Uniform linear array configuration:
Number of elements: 12
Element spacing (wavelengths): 0.25
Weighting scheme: binomial
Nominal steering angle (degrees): -45
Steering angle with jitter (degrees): -45.304
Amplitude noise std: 0.05
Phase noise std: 0.05

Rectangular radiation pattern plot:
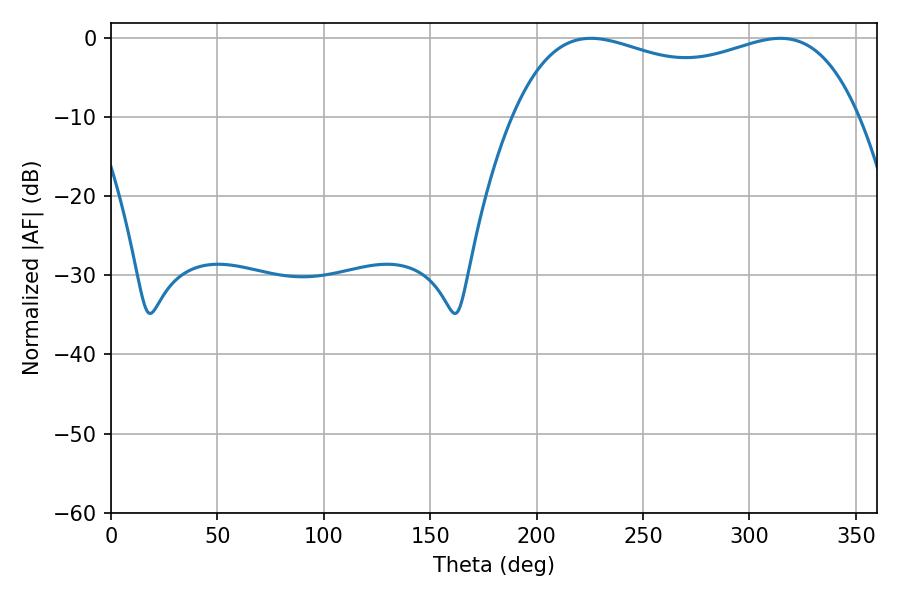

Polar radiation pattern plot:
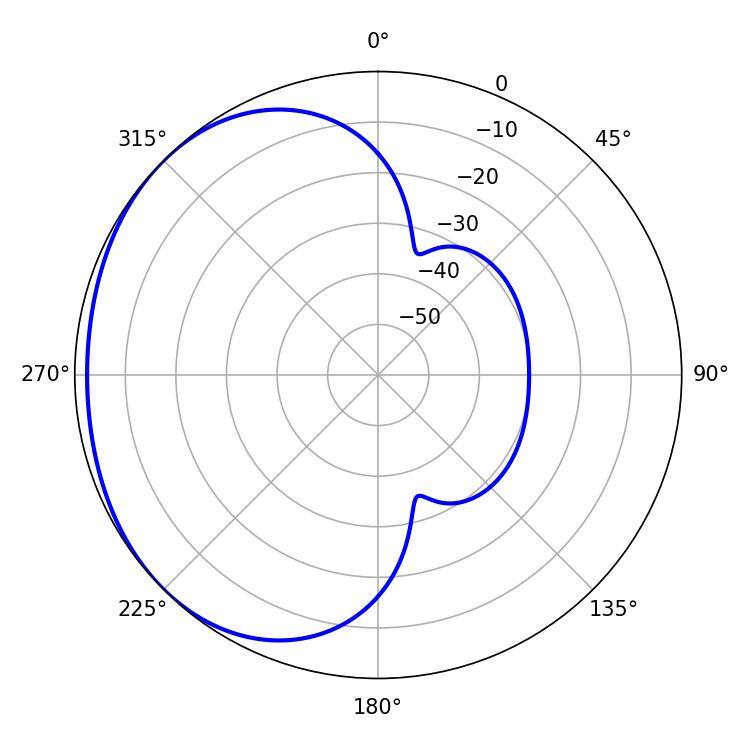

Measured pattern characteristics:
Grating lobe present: FALSE
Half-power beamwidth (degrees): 133.2
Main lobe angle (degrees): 225.54